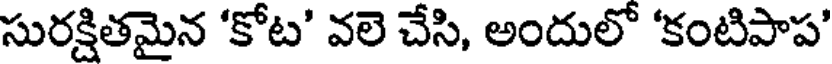
సురక్షితమైన 'కోట' వలె చేసి, అందులో 'కంటిపాప'